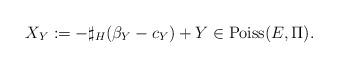
LaTeX: \begin{align*}X_{Y}:=-\sharp_{H}(\beta_{Y}-c_{Y})+Y\in\operatorname{Poiss}(E,\Pi).\end{align*}